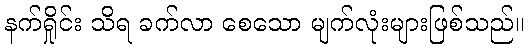
နက်ရှိုင်း သိရ ခက်လာ စေသော မျက်လုံးများဖြစ်သည်။